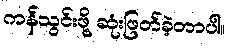
ကန်သွင်းဖို့ ဆုံးဖြတ်ခဲ့တာပါ။